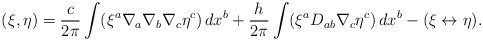
\begin{align*}(\xi,\eta) = \frac{c}{2\pi} \int (\xi^a \nabla_a \nabla_b \nabla_c\eta^c)\,dx^b + \frac{h}{2\pi} \int (\xi^a D_{a b} \nabla_c \eta^c )\, dx^b -(\xi\leftrightarrow \eta).\end{align*}